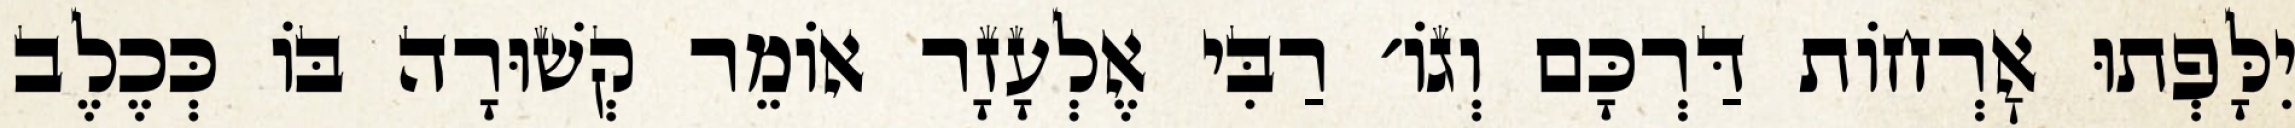
יִלָּפְתוּ אׇרְחוֹת דַּרְכָּם וְגוֹ׳ רַבִּי אֶלְעָזָר אוֹמֵר קְשׁוּרָה בּוֹ כְּכֶלֶב